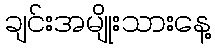
ချင်းအမျိုးသားနေ့